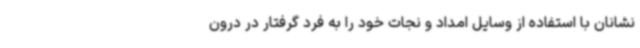
نشانان با استفاده از وسایل امداد و نجات خود را به فرد گرفتار در درون